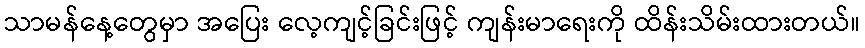
သာမန်နေ့တွေမှာ အပြေး လေ့ကျင့်ခြင်းဖြင့် ကျန်းမာရေးကို ထိန်းသိမ်းထားတယ်။